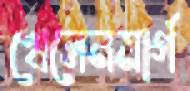
খেলেনমার্গ